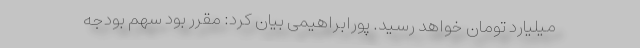
میلیارد تومان خواهد رسید. پورابراهیمی بیان کرد: مقرر بود سهم بودجه